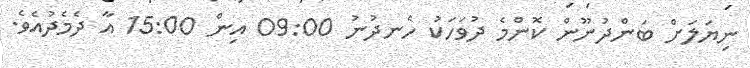
ނިޔަލަށް ބަންދުނޫން ކޮންމެ ދުވަހަކު ހެނދުނު 09:00 އިން 15:00 އާ ދެމެދުއެވެ.